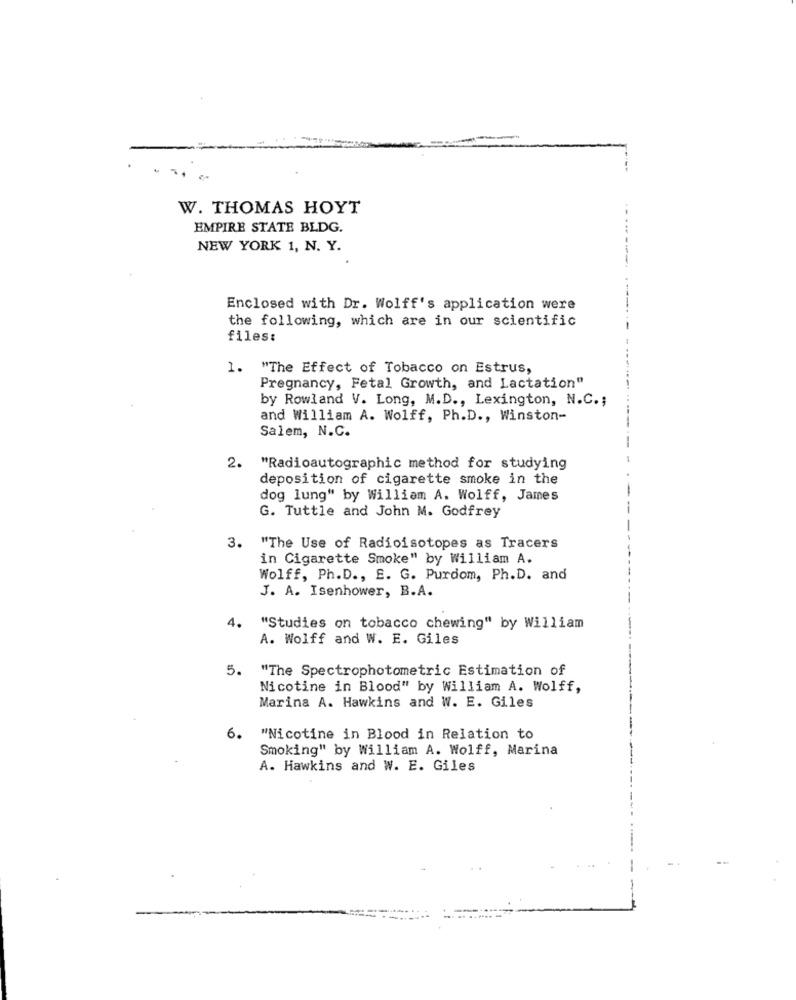
W. THOMAS HOYT
EMPIRE STATE BLDG.
NEW YORK 1, N. Y.
Enclosed with Dr. Wolff's application were
the following, which are in our scientific
files:
1. "The Effect of Tobacco on Estrus,
Pregnancy, Fetal Growth, and Lactation"
by Rowland V. Long, M.D ., Lexington, N.C .;
and William A. Wolff, Ph.D ., Winston-
Salem, N.C.
2. "Radioautographic method for studying
deposition of cigarette smoke in the
dog lung" by William A. Wolff, James
G. Tuttle and John M. Godfrey
3. "The Use of Radioisotopes as Tracers
in Cigarette Smoke" by William A.
Wolff, Ph.D ., E. G. Purdom, Ph.D. and
J. A. Isenhower, B.A.
4.
"Studies on tobacco chewing" by William
A. Wolff and W. E. Giles
5. "The Spectrophotometric Estimation of
Nicotine in Blood" by William A. Wolff,
Marina A. Hawkins and W. E. Giles
6.
"Nicotine in Blood in Relation to
Smoking" by William A. Wolff, Marina
A. Hawkins and W. E. Giles